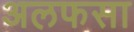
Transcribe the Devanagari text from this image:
अलफसा